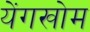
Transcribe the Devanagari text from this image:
येंगखोम